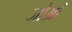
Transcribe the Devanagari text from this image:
जोओं